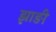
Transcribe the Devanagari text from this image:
झाङी